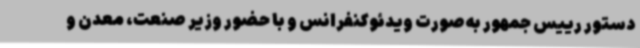
دستور رییس جمهور به‌صورت ویدئوکنفرانس و با حضور وزیر صنعت، معدن و